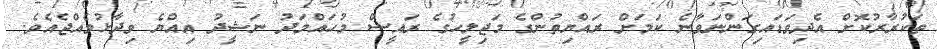
ތަކުރާރުކޮށް އެދިވަޑައިގަންނަވާނެ ކަމަށް ރައްޔިތުންގެ މަޖިލީހުގެ ރައީސް މުހައްމަދު ނަޝީދު އިއްޔެ ވިދާޅުވެއްޖެއެވެ.